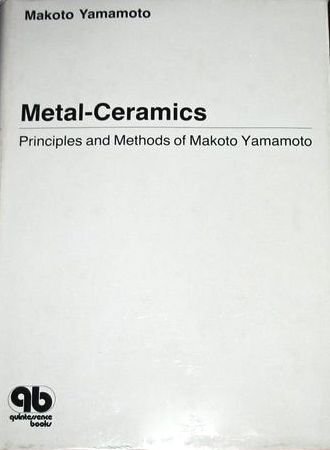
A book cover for Metal-Ceramics: Principle and Methods of Makoto Yamamoto; Makoto Yamamoto; Medical Books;